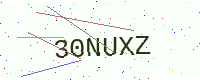
Text: 30NUXZ